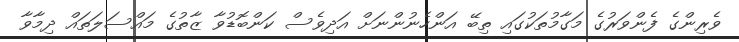
ވެރިންގެ ފެންވަރުގެ މަގާމުތަކުގައި ތިބޭ އަންހެނުންނަށް އަދިވެސް ކަންބޮޑުވާ ޒާތުގެ މައްސަލަތައް ދިމާވާ